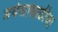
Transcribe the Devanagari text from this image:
प्रवेशासाठीचा